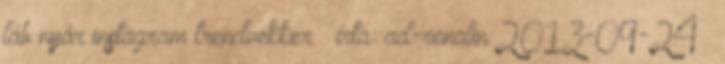
láb nyár instagram trendvekker – írta: ad-renalin 2013-09-24 –